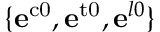
\{ \mathbf { e } ^ { \mathrm { { c 0 } } } , \mathbf { e } ^ { \mathrm { { t 0 } } } , \mathbf { e } ^ { l 0 } \}